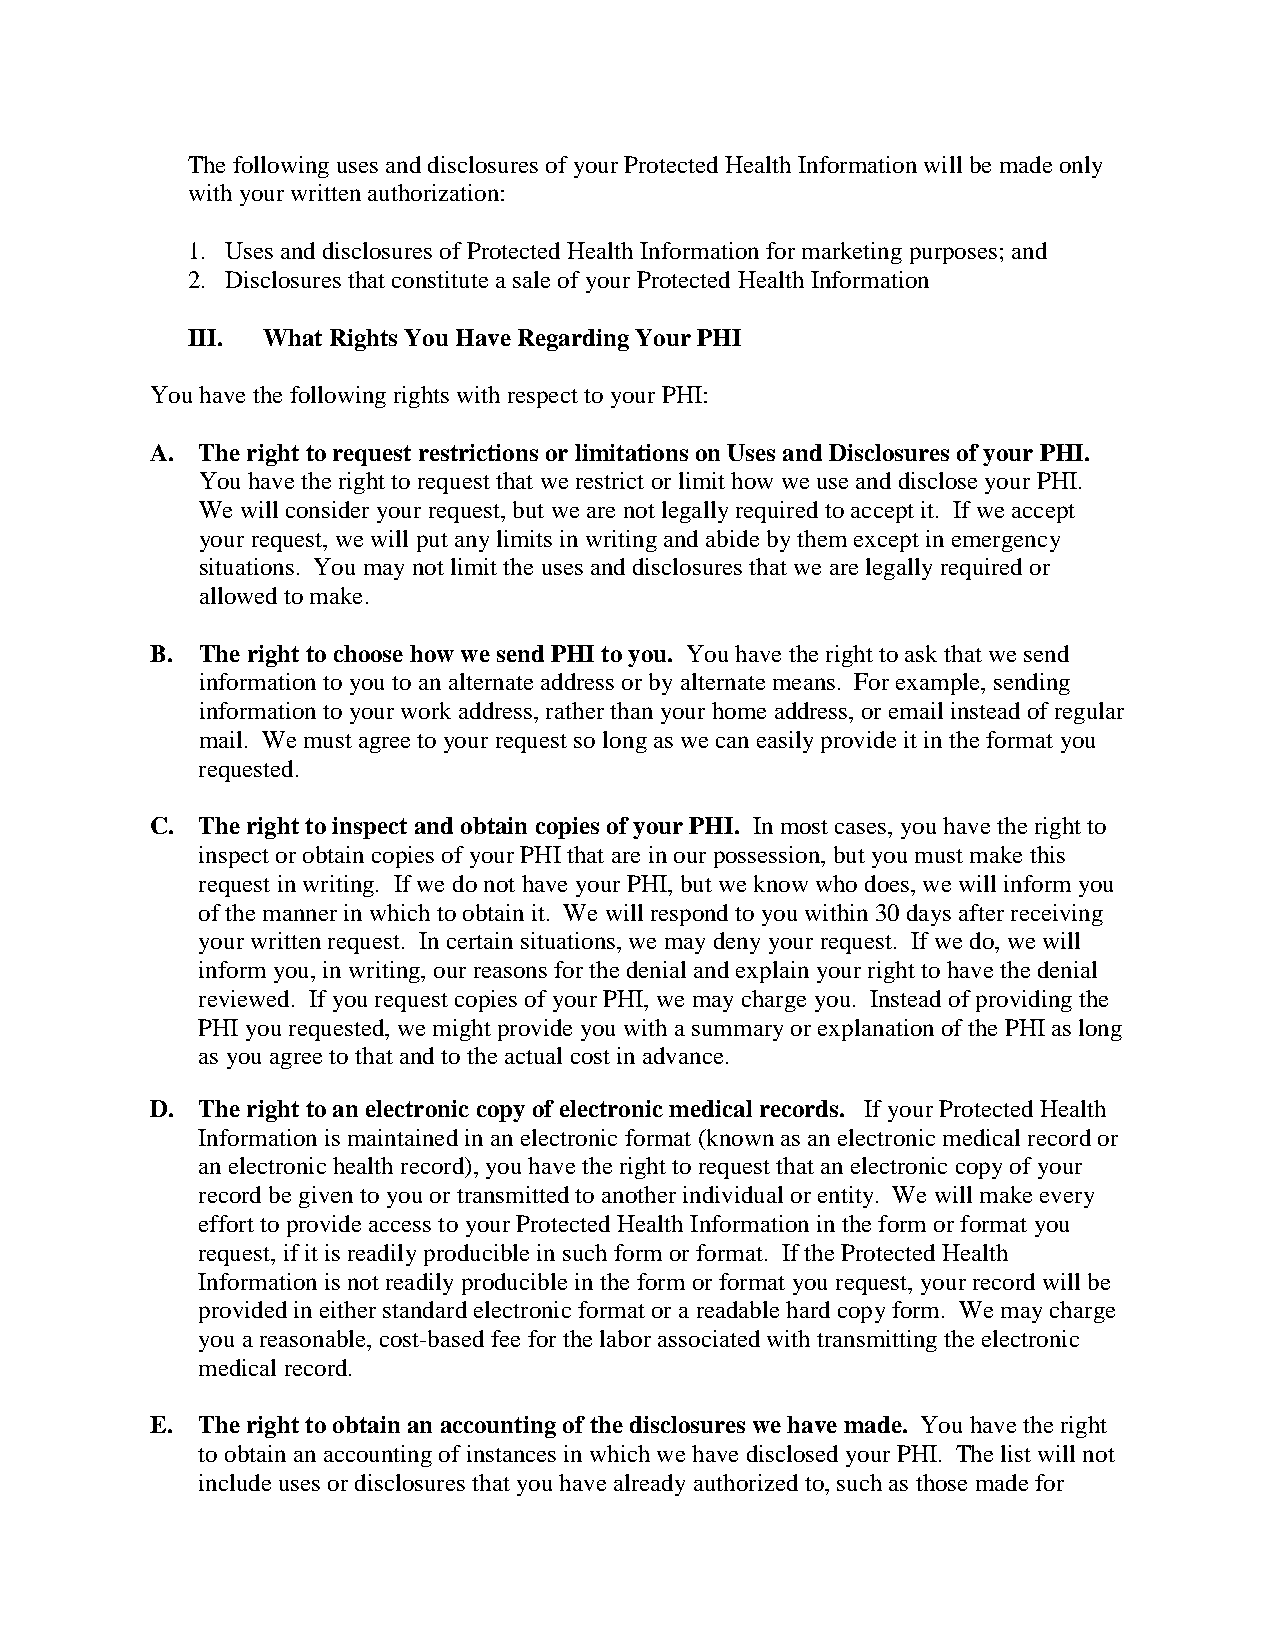
The following uses and disclosures of your Protected Health Information will be made only
 with your written authorization:
 1. Uses and disclosures of Protected Health Information for marketing purposes; and
 2. Disclosures that constitute a sale of your Protected Health Information
 III. What Rights You Have Regarding Your PHI
 You have the following rights with respect to your PHI:
 A. The right to request restrictions or limitations on Uses and Disclosures of your PHI.
 You have the right to request that we restrict or limit how we use and disclose your PHI.
 We will consider your request, but we are not legally required to accept it. If we accept
 your request, we will put any limits in writing and abide by them except in emergency
 situations. You may not limit the uses and disclosures that we are legally required or
 allowed to make.
 B. The right to choose how we send PHI to you. You have the right to ask that we send
 information to you to an alternate address or by alternate means. For example, sending
 information to your work address, rather than your home address, or email instead of regular
 mail. We must agree to your request so long as we can easily provide it in the format you
 requested.
 C. The right to inspect and obtain copies of your PHI. In most cases, you have the right to
 inspect or obtain copies of your PHI that are in our possession, but you must make this
 request in writing. If we do not have your PHI, but we know who does, we will inform you
 of the manner in which to obtain it. We will respond to you within 30 days after receiving
 your written request. In certain situations, we may deny your request. If we do, we will
 inform you, in writing, our reasons for the denial and explain your right to have the denial
 reviewed. If you request copies of your PHI, we may charge you. Instead of providing the
 PHI you requested, we might provide you with a summary or explanation of the PHI as long
 as you agree to that and to the actual cost in advance.
 D. The right to an electronic copy of electronic medical records. If your Protected Health
 Information is maintained in an electronic format (known as an electronic medical record or
 an electronic health record), you have the right to request that an electronic copy of your
 record be given to you or transmitted to another individual or entity. We will make every
 effort to provide access to your Protected Health Information in the form or format you
 request, if it is readily producible in such form or format. If the Protected Health
 Information is not readily producible in the form or format you request, your record will be
 provided in either standard electronic format or a readable hard copy form. We may charge
 you a reasonable, cost-based fee for the labor associated with transmitting the electronic
 medical record.
 E. The right to obtain an accounting of the disclosures we have made. You have the right
 to obtain an accounting of instances in which we have disclosed your PHI. The list will not
 include uses or disclosures that you have already authorized to, such as those made for